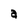
Character: a